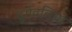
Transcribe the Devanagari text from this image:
दुर्गवलिया